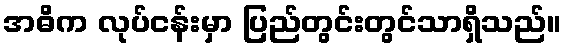
အဓိက လုပ်ငန်းမှာ ပြည်တွင်းတွင်သာရှိသည်။